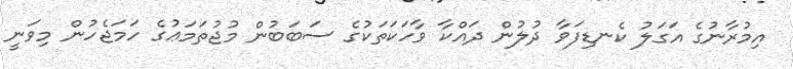
އިމުރާނުގެ އަގަލު ކެނޑިފަވާ ދުލުން ދައްކާ ވާހަކަތަކުގެ ސަބަބުން މުޖުތަމަޢުގެ ހަމަޖެހުން މިވަނީ